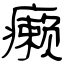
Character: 癞